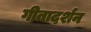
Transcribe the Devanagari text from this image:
गीतादर्शन